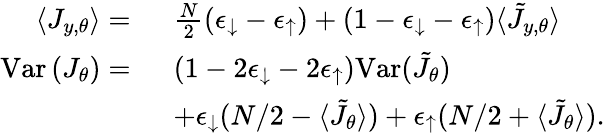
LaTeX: \begin{array}{rl}{\langle J_{y,\theta}\rangle=~}&{\frac{N}{2}(\epsilon_{\downarrow}-\epsilon_{\uparrow})+(1-\epsilon_{\downarrow}-\epsilon_{\uparrow})\langle\tilde{J}_{y,\theta}\rangle}\\ {\mathrm{Var}\left(J_{\theta}\right)=~}&{(1-2\epsilon_{\downarrow}-2\epsilon_{\uparrow})\mathrm{Var}(\tilde{J_{\theta}})}\\ &{+\epsilon_{\downarrow}(N/2-\langle\tilde{J_{\theta}}\rangle)+\epsilon_{\uparrow}(N/2+\langle\tilde{J_{\theta}}\rangle).}\end{array}